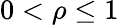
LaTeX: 0<\rho\leq 1